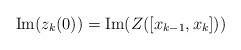
LaTeX: \begin{align*}\mathrm{Im}(z_k(0))=\mathrm{Im}(Z([x_{k-1},x_k]))\end{align*}